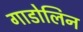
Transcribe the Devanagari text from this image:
गाडोलिन